Scottish Certificate of Education, 1963
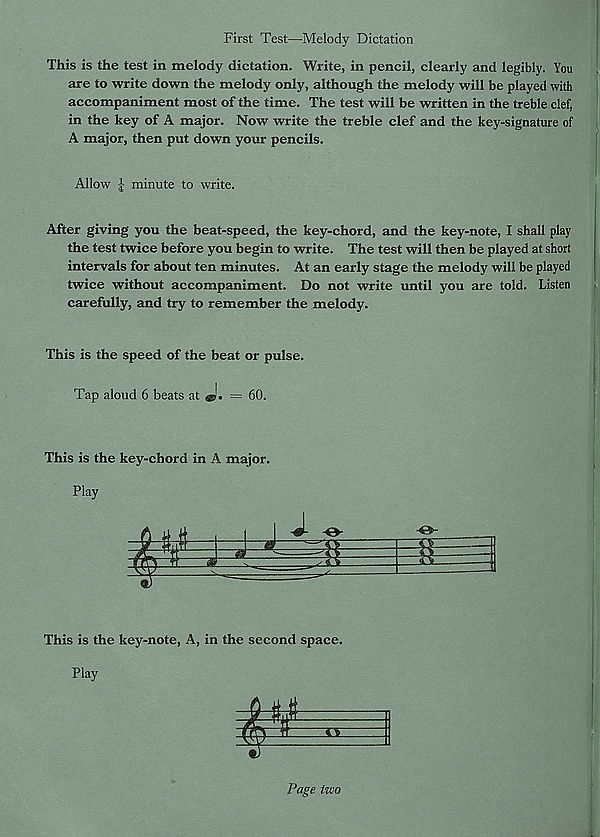
First Test—Melody Dictation
This is the test in melody dictation. Write, in pencil, clearly and legibly. You
are to write down the melody only, although the melody will be played with
accompaniment most of the time. The test will be written in the treble clef,
in the key of A major. Now write the treble clef and the key-signature of
A major, then put down your pencils.
Allow minute to write.
After giving you the beat-speed, the key-chord, and the key-note, I shall play
the test twice before you begin to write. The test will then be played at short
intervals for about ten minutes. At an early stage the melody will be played
twice without accompaniment. Do not write until you are told. Listen
carefully, and try to remember the melody.
This is the speed of the beat or pulse.
Tap aloud 6 beats at
= 60.
This is the key-chord in A major.
This is the key-note, A, in the second space.
Play
Page two